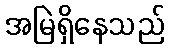
အမြဲရှိနေသည်